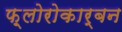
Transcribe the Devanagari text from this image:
फ़्लोरोकार्बन